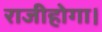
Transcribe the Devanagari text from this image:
राजीहोगा।